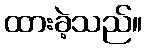
ထားခဲ့သည်။